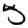
Digit: 5